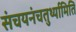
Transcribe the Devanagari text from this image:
संचयनंचतुर्थ्यामिति